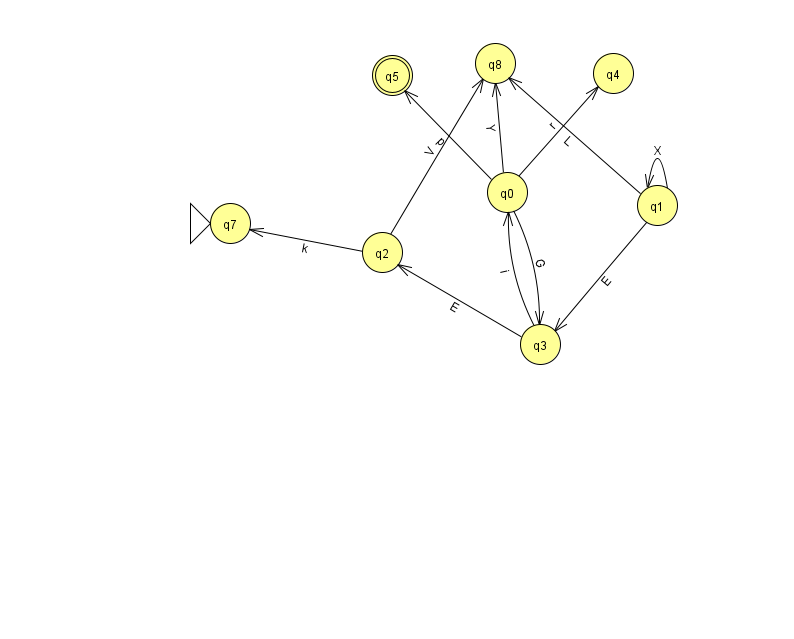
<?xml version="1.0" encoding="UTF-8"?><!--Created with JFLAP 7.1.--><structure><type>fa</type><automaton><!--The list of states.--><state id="0" name="q0"><x>507.0</x><y>179.0</y></state><state id="1" name="q1"><x>657.0</x><y>192.0</y></state><state id="2" name="q2"><x>382.0</x><y>239.0</y></state><state id="3" name="q3"><x>540.0</x><y>331.0</y></state><state id="4" name="q4"><x>613.0</x><y>60.0</y></state><state id="5" name="q5"><x>392.0</x><y>62.0</y><final/></state><state id="7" name="q7"><x>230.0</x><y>210.0</y><initial/></state><state id="8" name="q8"><x>495.0</x><y>50.0</y></state><!--The list of transitions.--><transition><from>1</from><to>3</to><read>E</read></transition><transition><from>1</from><to>8</to><read>L</read></transition><transition><from>2</from><to>8</to><read>V</read></transition><transition><from>3</from><to>0</to><read>i</read></transition><transition><from>0</from><to>5</to><read>p</read></transition><transition><from>1</from><to>1</to><read>X</read></transition><transition><from>3</from><to>2</to><read>E</read></transition><transition><from>0</from><to>8</to><read>Y</read></transition><transition><from>0</from><to>3</to><read>G</read></transition><transition><from>0</from><to>4</to><read>r</read></transition><transition><from>2</from><to>7</to><read>k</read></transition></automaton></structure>